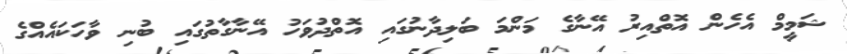
ޝަމީމް އެހެން އޮތްއިރު އޭނާގެ މަންމަ ބަލިދާނުގައި އޮތްދުވަހު އޭނާގާތުގައި ބުނި ވާހަކައެއްގެ